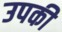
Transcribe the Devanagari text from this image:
उपकी